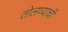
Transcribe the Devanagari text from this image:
तोलण्याची